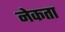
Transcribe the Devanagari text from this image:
नेकता